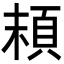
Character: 𩑷